Lunatic asylums Central Provinces reports 1895-1909 - 1895-1909
Year: 1895
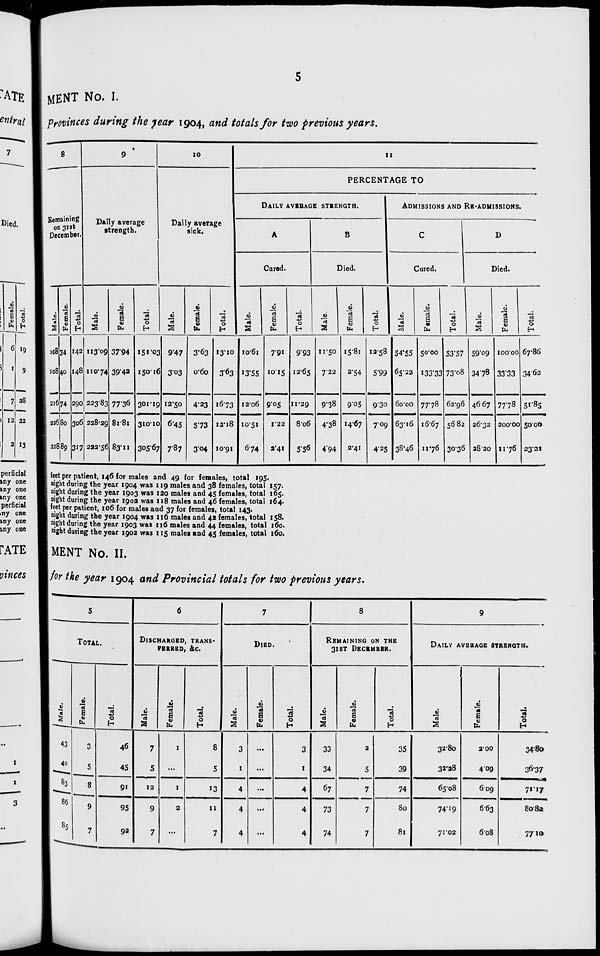
5
MENT No. I.
Provinces during the year 1904, and totals for two previous years.
8
Remaining
on 31st
December.
Male.
108
108
216
226
228
Female.
34
40
74
80
89
Total.
142
148
290
306
317
9
Daily average
strength.
Male.
113.09
110.74
223.83
228.29
222.56
Female.
37.94
39.42
77.36
81.81
83.11
Total.
151.03
150.16
301.19
310.10
305.67
10
Daily average
sick.
Male.
9.47
3.03
12.50
6.45
7.87
Female.
3.63
0.60
4.23
5.73
3.04
Total.
13.10
3.63
16.73
12.18
10.91
11
PERCENTAGE TO
DAILY AVERAGE STRENGTH.
A
Cured.
Male.
10.61
13.55
12.06
10.51
6.74
Female.
7.91
10.15
9.05
1.22
2.41
Total.
9.93
12.65
11.29
8.06
5.56
B
Died.
Male.
11.50
7.22
9.38
4.38
4.94
Female.
15.81
2.54
9.05
14.67
2.41
Total.
12.58
5.99
9.30
7.09
4.25
ADMISSIONS AND RE-ADMISSIONS.
C
Cured.
Male.
54.55
65.22
60.00
63.16
38.46
Female.
50.00
133.33
77.78
16.67
11.76
Total.
53.57
73.08
62.96
56.82
30.36
D
Died.
Male.
59.09
34.78
46.67
26.32
28.20
Female.
100.00
33.33
77.78
200.00
11.76
Total.
67.86
34.62
51.85
50.00
23.21
feet per patient, 146 for males and 49 for females, total 195.
night during the year 1904 was 119 males and 38 females, total 157.
night during the year 1903 was 120 males and 45 females, total 165.
night during the year 1902 was 118 males and 46 females, total 164.
feet per patient, 106 for males and 37 for females, total 143.
night during the year 1904 was 116 males and 42 females, total 158.
night during the year 1903 was 116 males and 44 females, total 160.
night during the year 1902 was 115 males and 45 females, total 160.
MENT No. II.
for the year 1904 and Provincial totals for two previous years.
5
TOTAL.
Male.
43
40
83
86
85
Female.
3
5
8
9
7
Total.
46
45
91
95
92
6
DISCHARGED, TRANSF¬
FERRED, &c.
Male.
7
5
12
9
7
Female.
1
...
1
2
...
Total.
8
5
13
11
7
7
DIED.
Male.
3
1
4
4
4
Female.
...
...
...
...
...
Total.
3
1
4
4
4
8
REMAINING ON THE
31ST DECEMBER.
Male.
33
34
67
73
74
Female.
2
5
7
7
7
Total.
35
39
74
80
81
9
DAILY AVERAGE STRENGTH.
Male.
32.80
32.28
65.08
74.19
71.02
Female.
2.00
4.09
6.09
6.63
6.08
Total.
34.80
36.37
71.17
80.82
77.10